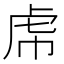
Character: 𧆞